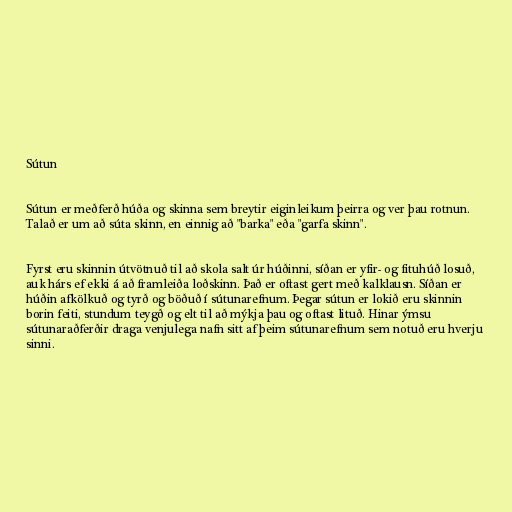
Sútun

Sútun er meðferð húða og skinna sem breytir eiginleikum þeirra og ver þau rotnun.
Talað er um að súta skinn, en einnig að "barka" eða "garfa skinn".

Fyrst eru skinnin útvötnuð til að skola salt úr húðinni, síðan er yfir- og fituhúð losuð,
auk hárs ef ekki á að framleiða loðskinn. Það er oftast gert með kalklausn. Síðan er
húðin afkölkuð og tyrð og böðuð í sútunarefnum. Þegar sútun er lokið eru skinnin
borin feiti, stundum teygð og elt til að mýkja þau og oftast lituð. Hinar ýmsu
sútunaraðferðir draga venjulega nafn sitt af þeim sútunarefnum sem notuð eru hverju
sinni.